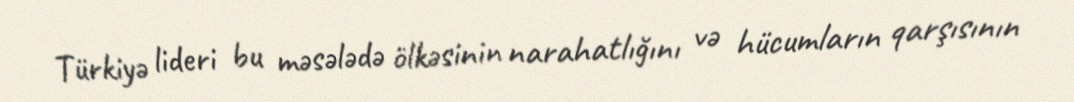
Türkiyə lideri bu məsələdə ölkəsinin narahatlığını və hücumların qarşısının